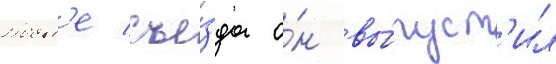
Посл'е съе́зда о́н вы́пуст'ил